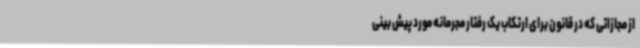
از مجازاتی که در قانون برای ارتکاب یک رفتار مجرمانه مورد پیش بینی